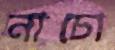
নাচো